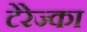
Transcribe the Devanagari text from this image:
टेरेज्का